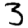
Digit: 3